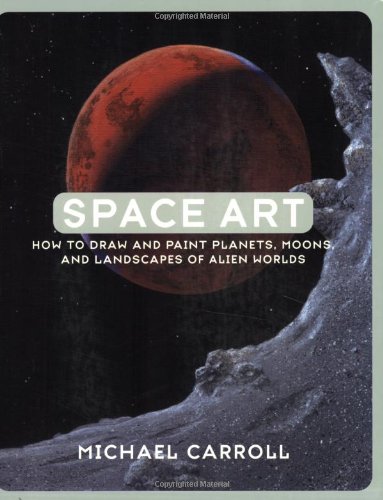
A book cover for Space Art: How to Draw and Paint Planets, Moons, and Landscapes of Alien Worlds; Michael Carroll; Arts & Photography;